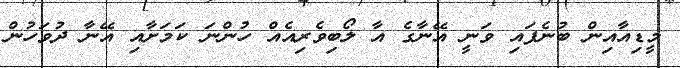
މީޑިއާއިން ބުނެފައި ވަނީ އޭނާގެ އާ ލޯބިވެރިއެއް ހުންނަ ކަމަށާއި އޭނާ ދުވަހުން